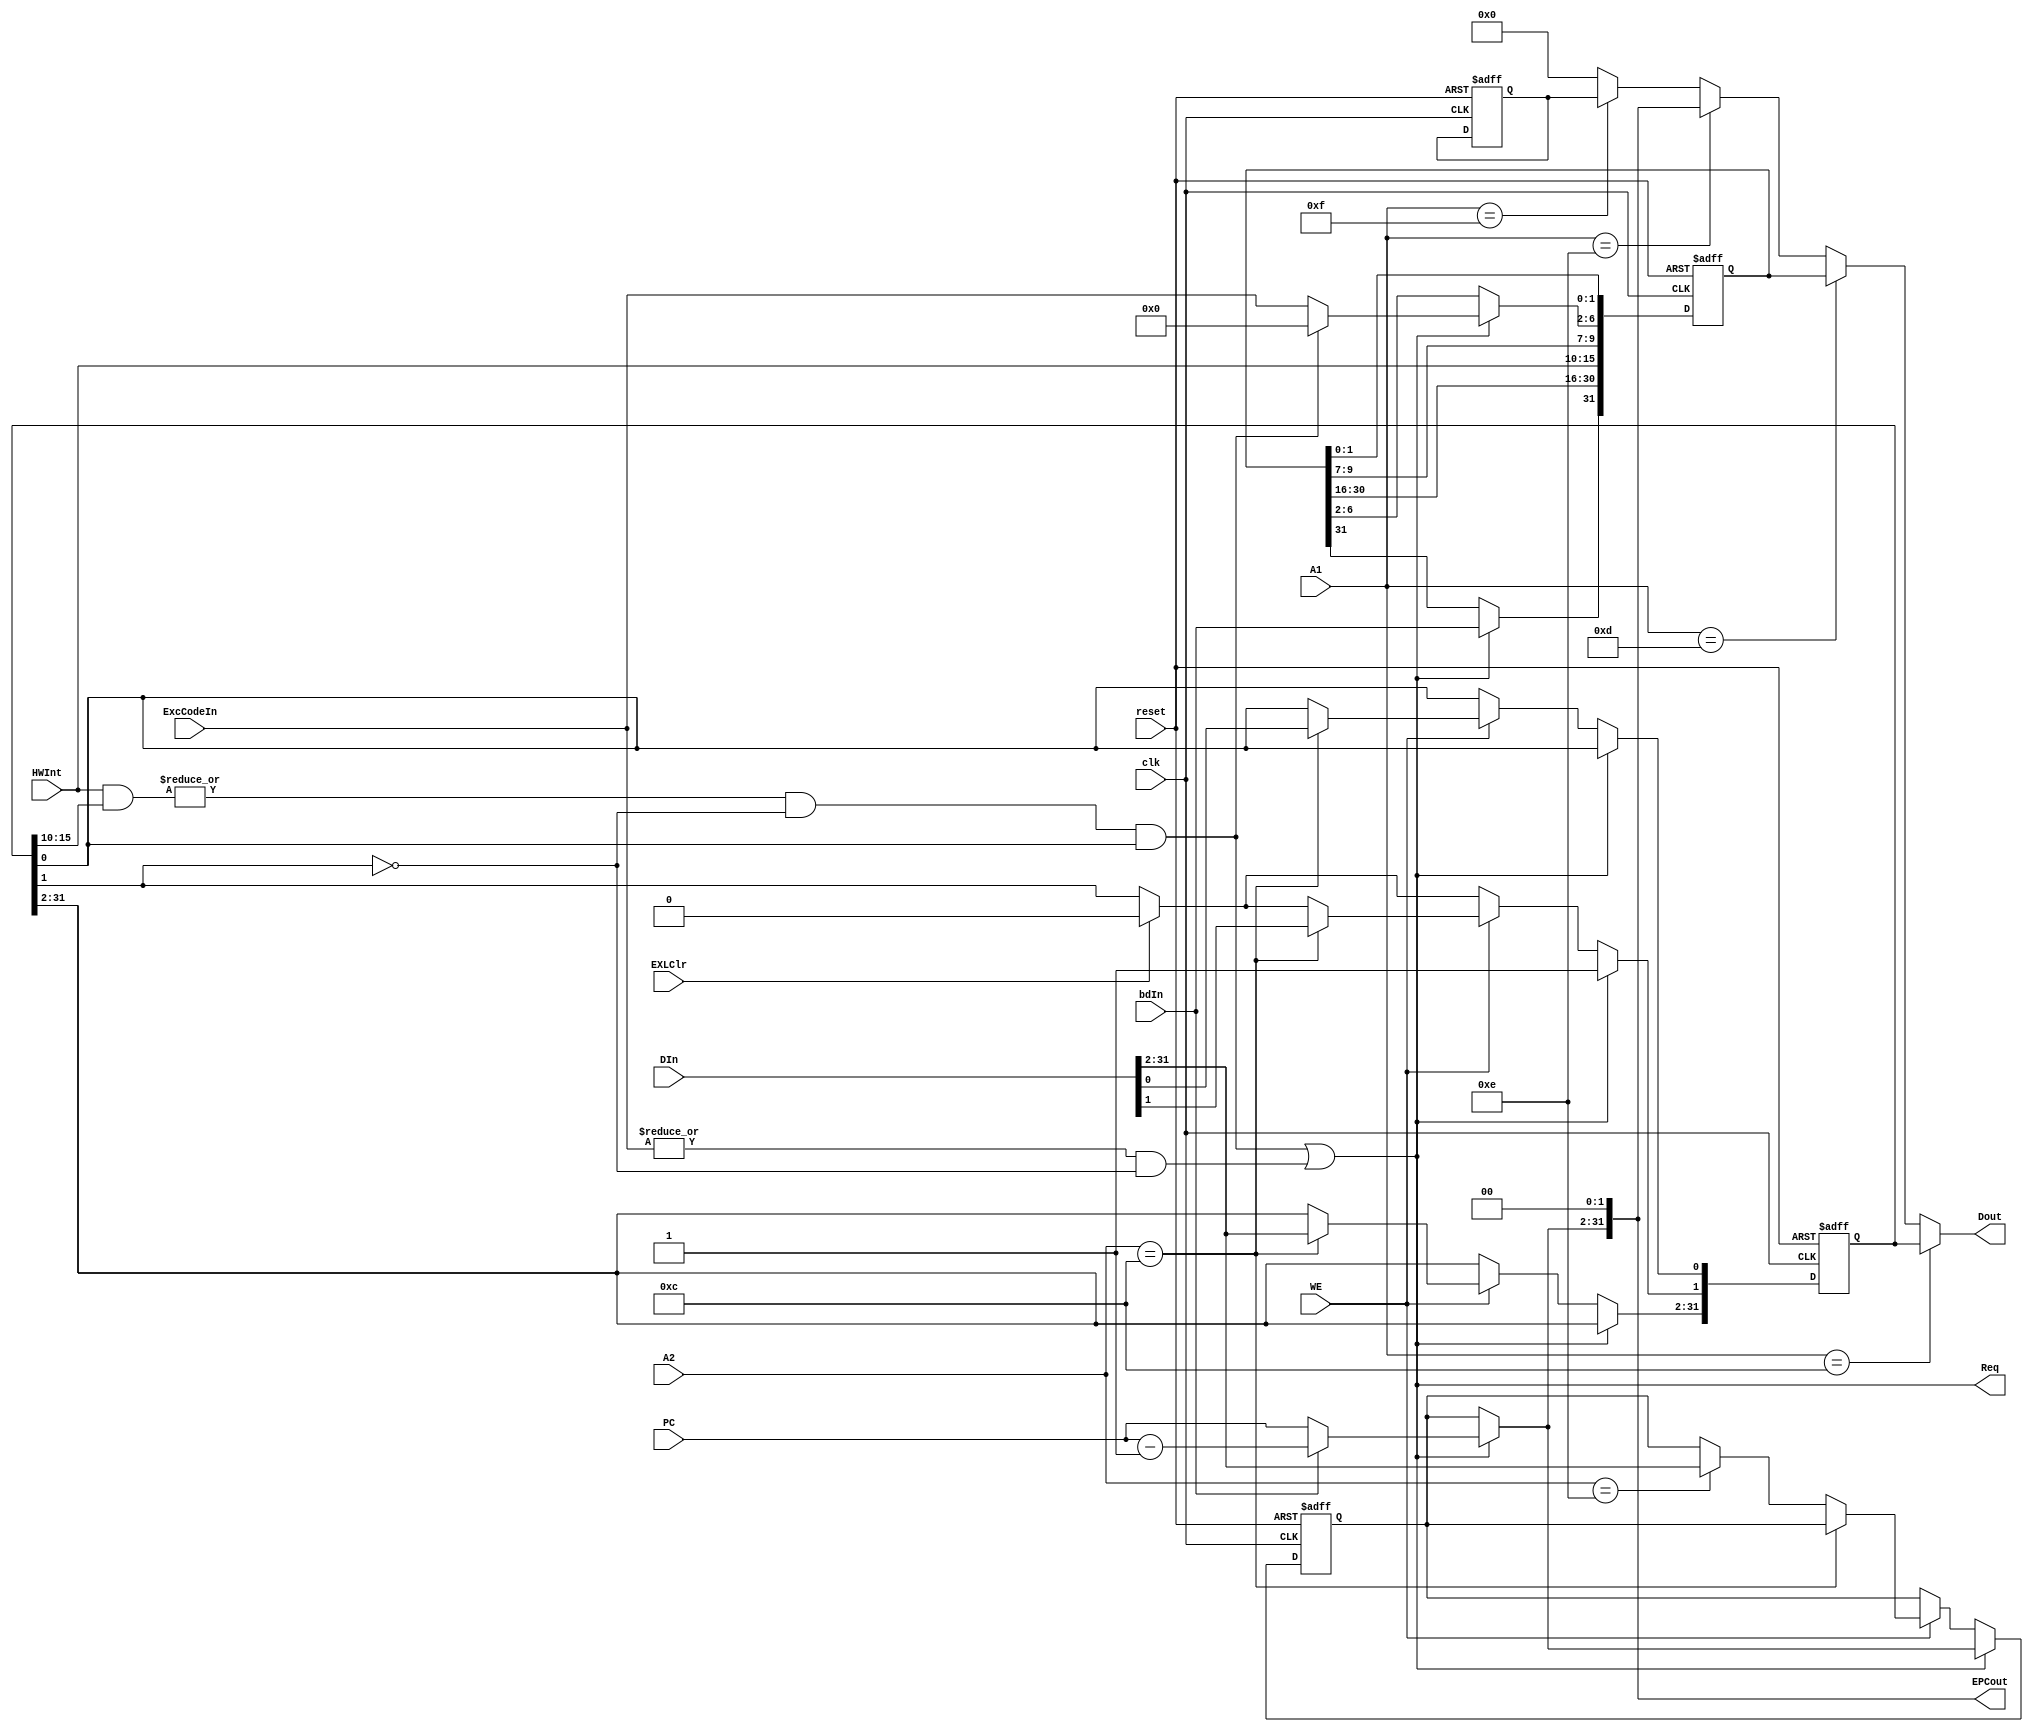
`timescale 1ns / 1ps
`define IM SR[15:10]    // allow 6 hardware ints
`define EXL SR[1]       // in int (cannot int/exc)
`define IE SR[0]        // allow int
`define BD Cause[31]
`define hwint_pend Cause[15:10]
`define ExcCode Cause[6:2]

module CP0(
    input [4:0] A1,         // read reg addr (mfc0)
    input [4:0] A2,         // write reg addr (mtc0)
    input bdIn,             // exc happens in branch delay slot
    input [31:0] DIn,       // write data (mfc0 - grf)
    input [31:2] PC,        // affected pc
    input [4:0] ExcCodeIn,  // int|excn code
    input [5:0] HWInt,      // 6 hardware int
    input WE,
    // input EXLSet,           // sr.exl <= 1 (M stage)
    input EXLClr,           // sr.exl <= 0 (eret)
    input clk,
    input reset,
    output Req,
    output [31:0] EPCout,   // EPC
    output [31:0] Dout      // read from cp0
);

    //////////// Reg
    reg [31:0] SR;
    reg [31:0] Cause;
    reg [31:2] EPCreg;
    reg [31:0] PrID;
    //////////// EndReg

    wire IntReq = (|(HWInt & `IM)) & !`EXL & `IE;
    wire ExcReq = (|ExcCodeIn) & !`EXL;
    assign Req  = IntReq | ExcReq;

    wire [31:2] tempEPC = (Req) ? (bdIn ? PC[31:2]-1 : PC[31:2])
                                : EPCreg;

    assign EPCout = {tempEPC, 2'b0};

    initial begin
        SR      <= 0;
        Cause   <= 0;
        EPCreg  <= 0;
        PrID    <= 32'h1937_3189;
    end

    assign Dout =   (A1 == 12) ? SR:
                    (A1 == 13) ? Cause:
                    (A1 == 14) ? EPCout:
                    (A1 == 15) ? PrID:
                    0;

    always@(posedge clk or posedge reset)begin
        if(reset)begin
            SR      <= 0;
            Cause   <= 0;
            EPCreg  <= 0;
            PrID    <= 32'h1937_3189;
        end else begin
            if (EXLClr) `EXL <= 1'b0;

            if (Req) begin // int|exc
                `ExcCode <= IntReq ? 5'b0 : ExcCodeIn;
                `EXL <= 1'b1;
                EPCreg <= tempEPC;
                `BD <= bdIn;
            end else if (WE) begin // mtc0 & !(int|exc)
                if (A2 == 12) SR <= DIn;
                else if (A2 == 14) EPCreg <= DIn[31:2];
            end
            `hwint_pend <= HWInt;
      end
   end

endmodule